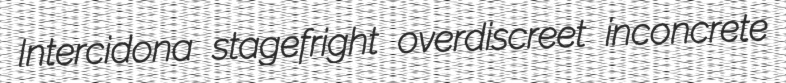
Intercidona stagefright overdiscreet inconcrete